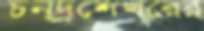
চন্দ্রশেখরের